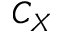
C _ { X }